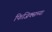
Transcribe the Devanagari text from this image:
फिजिक्सच्या